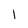
Character: l